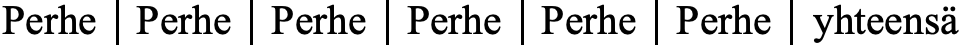
Perhe Perhe Perhe Perhe Perhe Perhe yhteensä